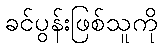
ခင်ပွန်းဖြစ်သူကို